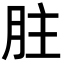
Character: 𦙴